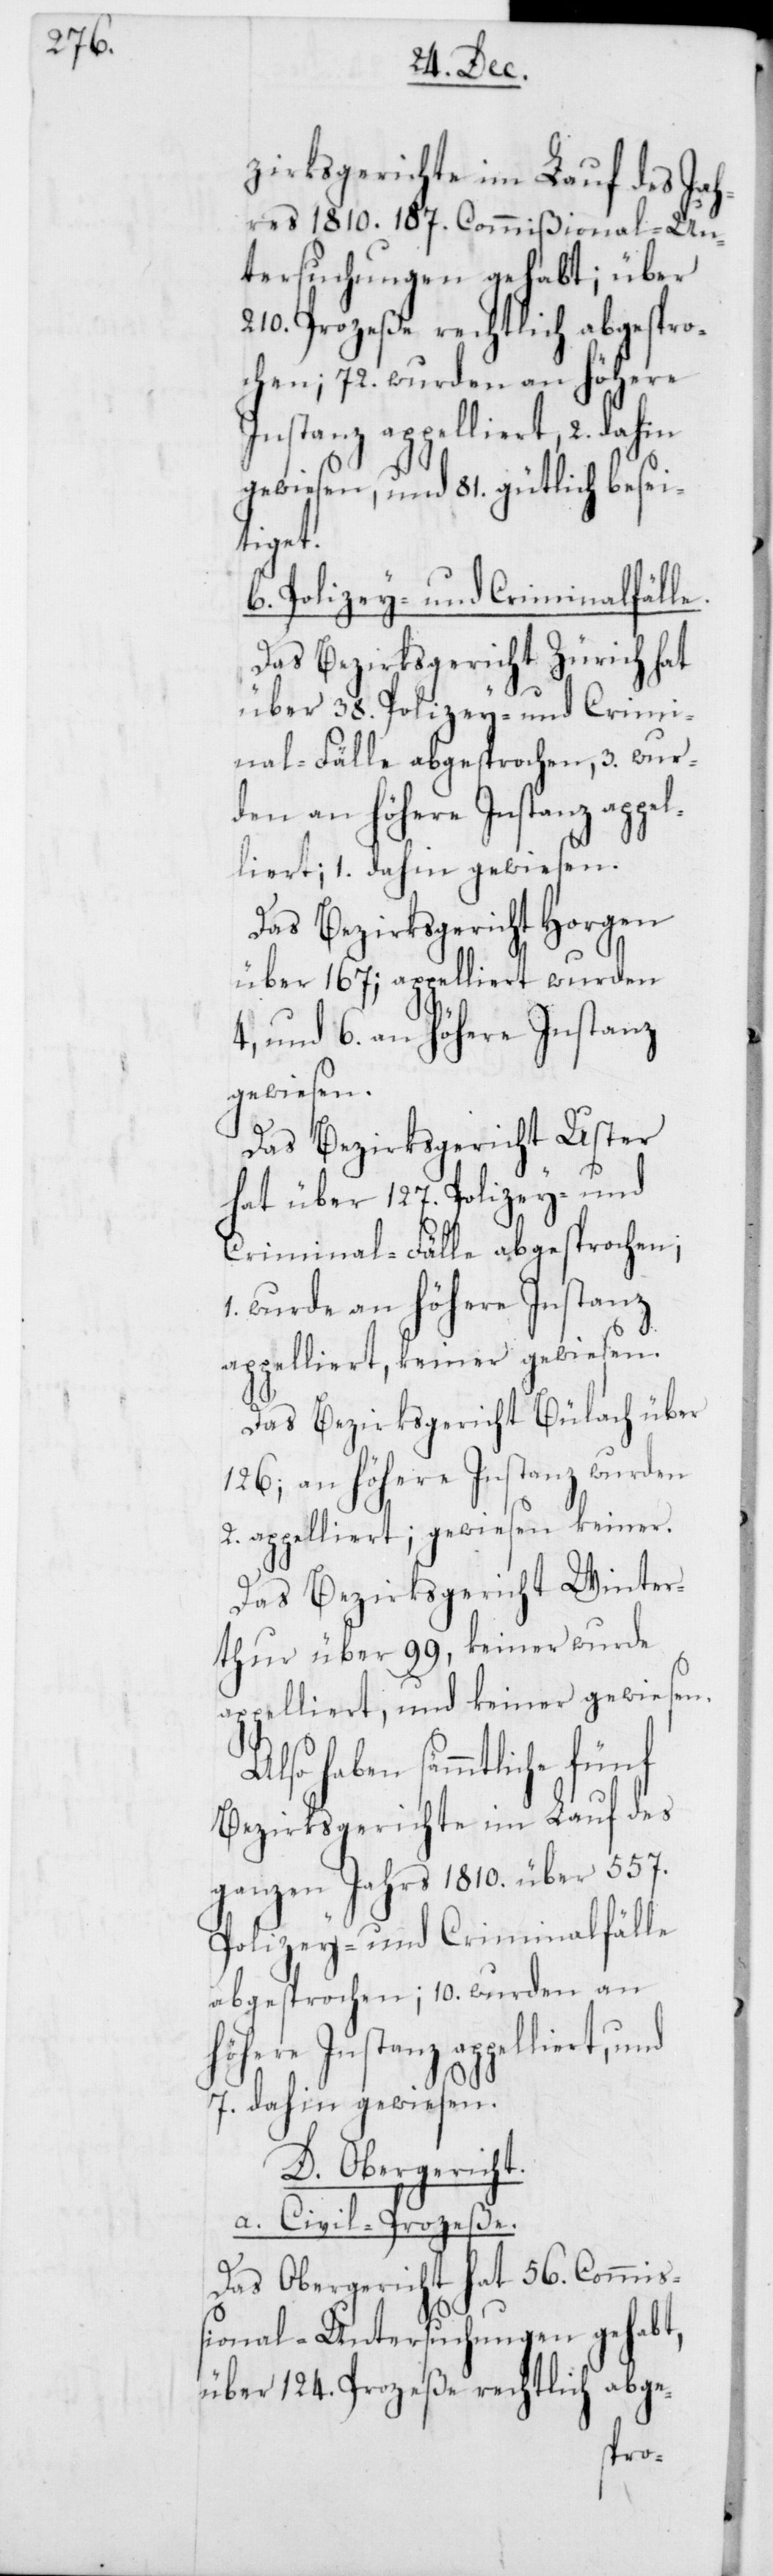
zirksgerichte im Lauf des Jah¬
res 1810. 187. Commißional-Un¬
tersuchungen gehabt; über
210. Prozeße rechtlich abgespro¬
chen; 72. wurden an höhere
Instanz appelliert, 2. dahin
gewiesen, und 81. gütlich besei¬
tiget.
b. Polizey- und Criminalfälle.
Das Bezirksgericht Zürich hat
über 38. Polizey- und Crimi¬
nal-Fälle abgesprochen, 3. wur¬
den an höhere Instanz appel¬
liert; 1. dahin gewiesen.
Das Bezirksgericht Horgen
über 167; appelliert wurden
4, und 6. an höhere Instanz
gewiesen.
Das Bezirksgericht Uster
hat über 127. Polizey- und
Criminalfälle abgesprochen;
1. wurde an höhere Instanz
appelliert, keiner gewiesen.
Das Bezirksgericht Bülach über
126; an höhere Instanz wurden
2. appelliert; gewiesen keiner.
Das Bezirksgericht Winter¬
thur über 99, keiner wurde
appelliert, und keiner gewiesen.
Also haben sämmtliche fünf
Bezirksgerichte im Lauf des
ganzen Jahrs 1810. über 557.
Polizey- und Criminalfälle
abgesprochen; 10. wurden an
höhere Instanz appelliert,
7. dahin gewiesen.
D. Obergericht.
a. Civil-Prozeße.
Das Obergericht hat 56. Commi¬
ßional-Untersuchungen gehabt,
über 124. Prozeße rechtlich abge-